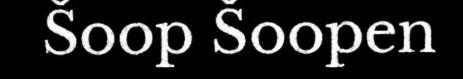
Šoop Šoopen